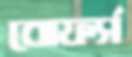
বোফর্স